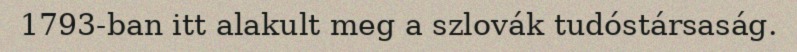
1793-ban itt alakult meg a szlovák tudóstársaság.